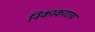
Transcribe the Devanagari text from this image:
निकाकाराय